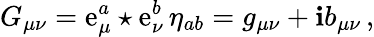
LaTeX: G_{\mu\nu}=\mathrm{e}_{\mu}^{a}\star\mathrm{e}_{\nu}^{b}\, \eta_{ab}=g_{\mu\nu}+\mathbf{i}b_{\mu\nu}\, ,